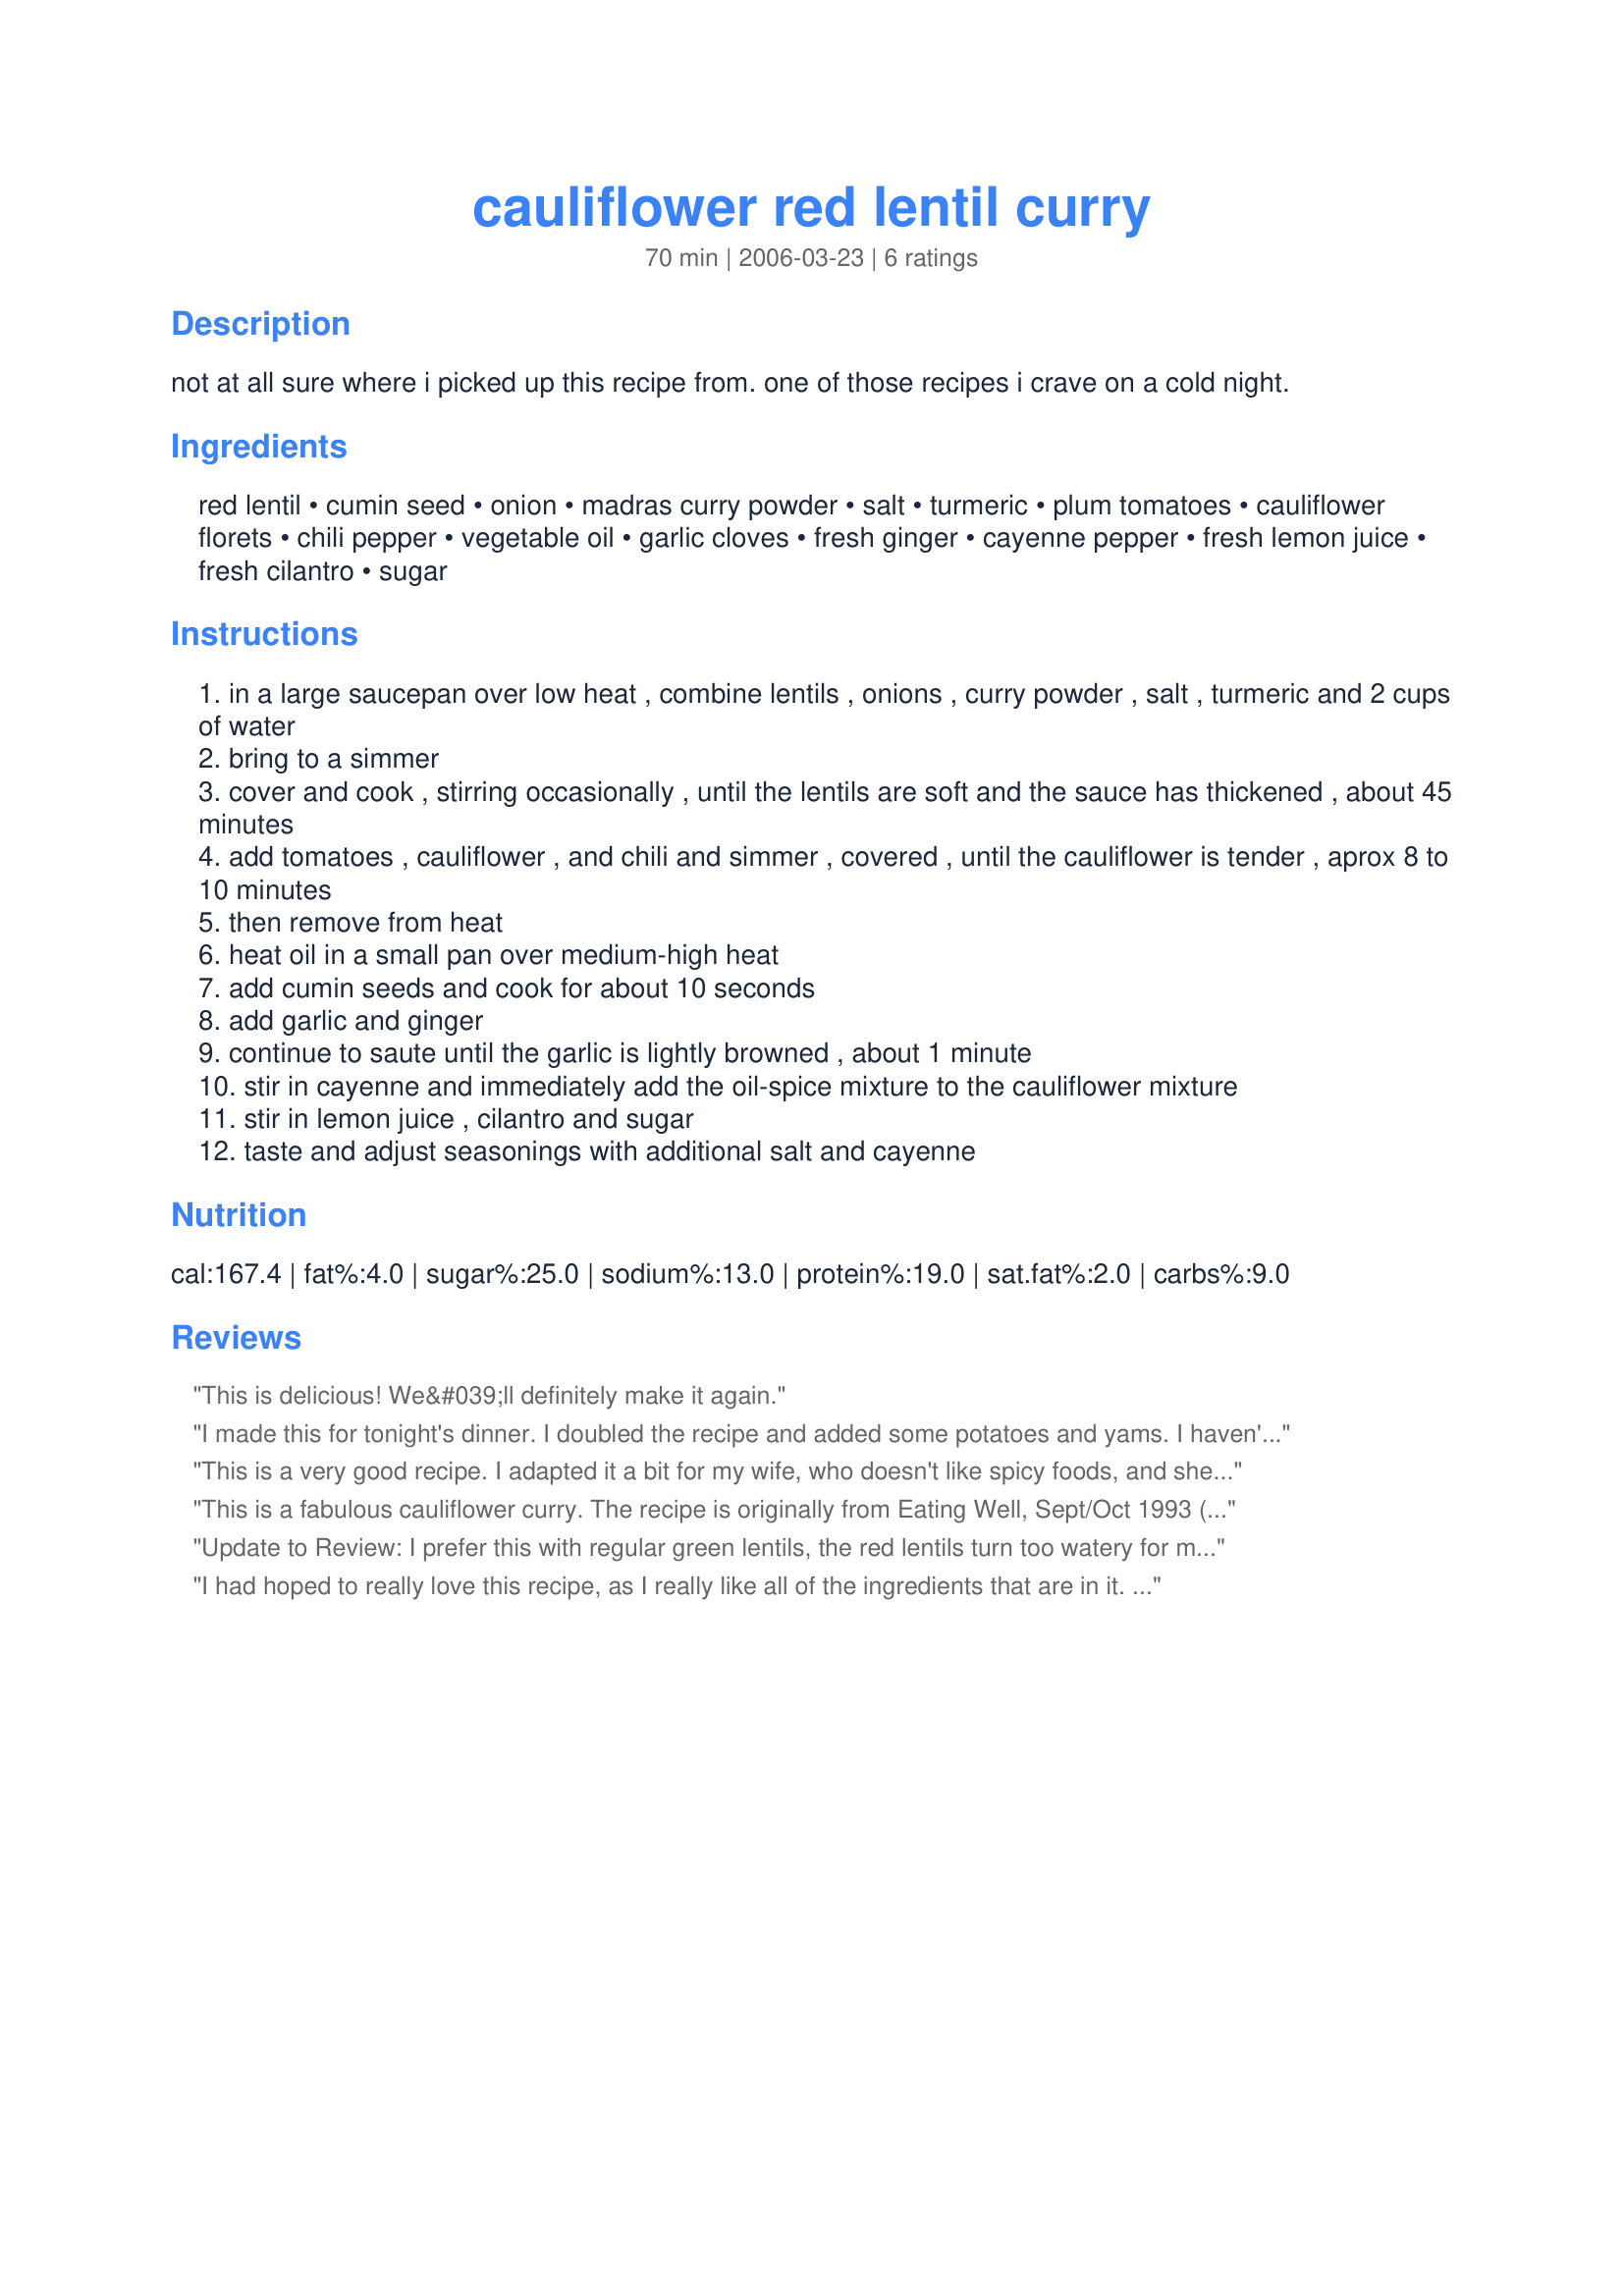
cauliflower red lentil curry
Preparation time: 70 minutes

not at all sure where i picked up this recipe from. one of those recipes i crave on a cold night.

Ingredients:
red lentil, cumin seed, onion, madras curry powder, salt, turmeric, plum tomatoes, cauliflower florets, chili pepper, vegetable oil, garlic cloves, fresh ginger, cayenne pepper, fresh lemon juice, fresh cilantro, sugar

Steps:
in a large saucepan over low heat , combine lentils , onions , curry powder , salt , turmeric and 2 cups of water
bring to a simmer
cover and cook , stirring occasionally , until the lentils are soft and the sauce has thickened , about 45 minutes
add tomatoes , cauliflower , and chili and simmer , covered , until the cauliflower is tender , aprox 8 to 10 minutes
then remove from heat
heat oil in a small pan over medium-high heat
add cumin seeds and cook for about 10 seconds
add garlic and ginger
continue to saute until the garlic is lightly browned , about 1 minute
stir in cayenne and immediately add the oil-spice mixture to the cauliflower mixture
stir in lemon juice , cilantro and sugar
taste and adjust seasonings with additional salt and cayenne

Reviews:
This is delicious! We&#039;ll definitely make it again.
I made this for tonight's dinner. I doubled the recipe and added some potatoes and yams. I haven't served it yet, but from tasting it directly from the pot, I know my family will like it. Especially my picky eater who doesn't like Indian style curry. I hope no one asks about the chicken cuz there is none. If one wanted to add chicken, it would be easy to fry it up when you're doing the onions and spices.
This is a very good recipe. I adapted it a bit for my wife, who doesn't like spicy foods, and she really liked it.
This is a fabulous cauliflower curry. The recipe is originally from Eating Well, Sept/Oct 1993 (at least, that's the source credited on other online sites for this recipe). It's really tasty, with the added bonus of being healthy too. I often add in extra veggies...tonight it was a small eggplant/aubergine, but it's also nice with a couple of zucchini/courgettes. I think potatoes would be good too, come to think of it. I usually add tons more garlic, double the spices, and use about 2-4T of extra virgin olive oil to saute the cumin, ginger, and garlic. Works fine with ground cumin rather than seeds. Thanks for posting this-- I'll certainly continue to make it again and again!
Update to Review: I prefer this with regular green lentils, the red lentils turn too watery for me, the green ones thicken up better, more like split peas. 

I enjoyed this recipe very much! Wanting to make more of it, I doubled the amount of lentils (and therefore the water and spices) accordingly. Noting some previous comments about flavor, I cooked the cauliflower briefly in the spice-oil mixture before adding it to the pot, because I wanted the cauliflower to absorb as much flavor as possible. I tossed in some green pepper and chicken that I needed to finish up at step 3 as well.

Tried this in a slow cooker and it worked great.
I had hoped to really love this recipe, as I really like all of the ingredients that are in it. However, I found it to be a lot of work for a flavor that I only liked a little. I used canned tomatoes and added a significant amount of garlic salt at the end (as I felt it needed it); otherwise, I followed the directions as posted.
